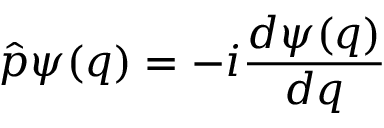
{ \hat { p } } \psi ( q ) = - i { \frac { d \psi ( q ) } { d q } }